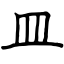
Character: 皿